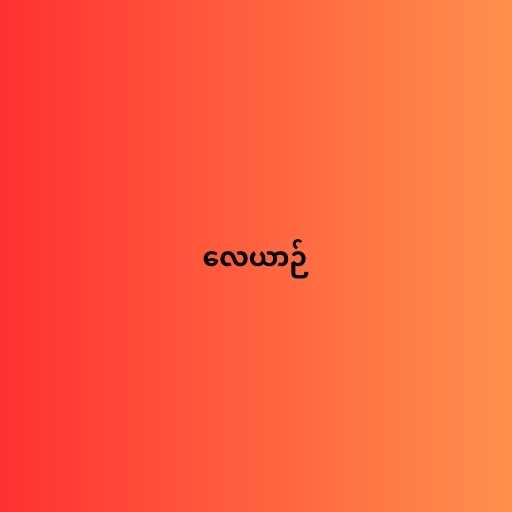
လေယာဉ်